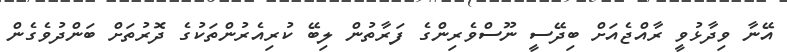
އޭނާ ވިދާޅުވީ ރާއްޖެއަށް ބިދޭސީ ނޫސްވެރިންގެ ފަރާތުން ލިބޭ ކުރިއެރުންތަކުގެ ދޮރުތަށް ބަންދުވެގެން